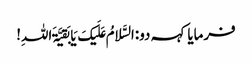
فرمایا کہہ دو:السَّلامُ عَلَیکَ یَا بَقیَّۃَ اللہِ!